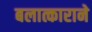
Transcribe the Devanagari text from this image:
बलात्काराने